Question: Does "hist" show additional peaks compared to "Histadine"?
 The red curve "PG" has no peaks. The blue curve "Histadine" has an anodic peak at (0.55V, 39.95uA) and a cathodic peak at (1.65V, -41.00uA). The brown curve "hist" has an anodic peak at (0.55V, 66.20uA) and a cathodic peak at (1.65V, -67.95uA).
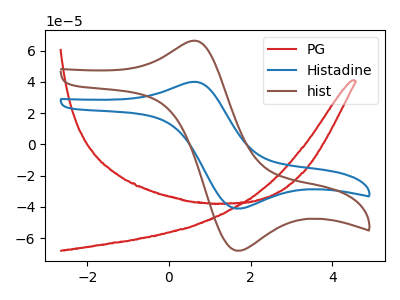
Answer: <think>All the peaks in "hist" have a peak in "Histadine" at the same potential. Every peak in "hist" is higher than every peak in "Histadine".
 </think>
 <answer>No, "hist" and "Histadine" don't appear to be significantly different in shape</answer>
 <eval>no_change</eval>